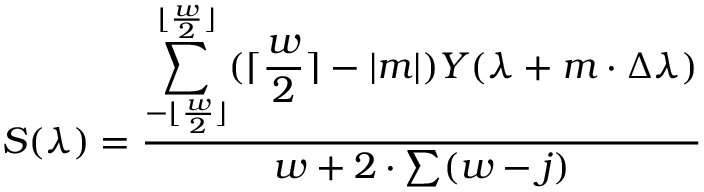
\large S ( \lambda ) = { \frac { \displaystyle \sum _ { - \lfloor { \frac { w } { 2 } } \rfloor } ^ { \lfloor { \frac { w } { 2 } } \rfloor } ( { \lceil { \frac { w } { 2 } } \rceil } - { \lvert { m } \rvert } ) Y ( \lambda + m \cdot \Delta \lambda ) } { w + 2 \cdot \sum ( w - j ) } }